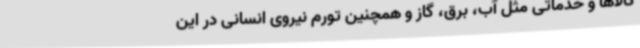
کالاها و خدماتی مثل آب، برق، گاز و همچنین تورم نیروی انسانی در این